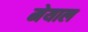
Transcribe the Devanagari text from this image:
मेयाल